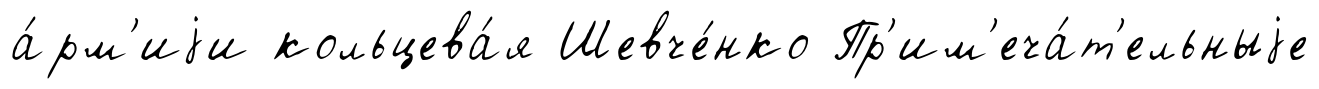
а́рм'иjи кольцева́я Шевче́нко Пр'им'еча́т'ельныjе